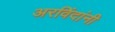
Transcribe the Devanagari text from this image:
अरविंदांनी